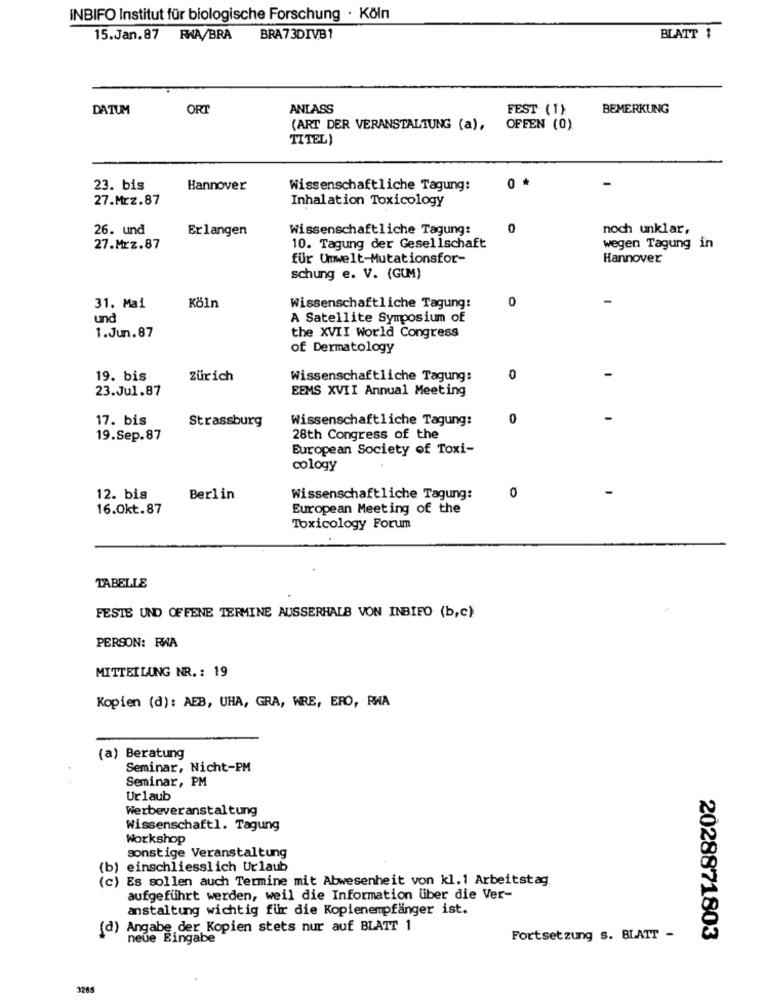
INBIFO Institut für biologische Forschung · Köln
15.Jan.87 RWA/BRA
BRA73DIVB1
BLATT 1
DATUM
OR
ANLASS
FEST (1)
BEMERKUNG
(ART DER VERANSTALTUNG (a),
OFFEN (0)
TITEL)
-
23. bis
Hannover
Wissenschaftliche Tagung:
0 *
27.Mrz.87
Inhalation Toxicology
26. und
Erlangen
Wissenschaftliche Tagung:
0
noch unklar,
27.Mrz.87
10. Tagung der Gesellschaft
wegen Tagung in
für Umwelt-Mutationsfor-
Hannover
schung e. V. (GUM)
0
31. Mai
Köln
Wissenschaftliche Tagung:
un
A Satellite Symposium of
1.Jun.87
the XVII World Congress
of Dermatology
19. bis
Zürich
Wissenschaftliche Tagung:
0
23.Jul.87
EEMS XVII Annual Meeting
17. bis
Strassburg
Wissenschaftliche Tagung:
0
-
19.Sep.87
28th Congress of the
European Society of Toxi-
cology
12. bis
Berlin
Wissenschaftliche Tagung:
0
16.Okt.87
European Meeting of the
Toxicology Forum
TABELLE
FESTE UND OFFENE TERMINE AUSSERHALB VON INBIFO (b,c);
PERSON: RWA
MITTEILUNG NR. : 19
Kopien (d): AEB, UHA, GRA, WRE, ERO, RWA
(a) Beratung
Seminar, Nicht-PM
Seminar, PM
Urlaub
Werbeveranstaltung
Wissenschaftl. Tagung
Workshop
sonstige Veranstaltung
(b) einschliesslich Urlaub
(c) Es sollen auch Termine mit Abwesenheit von kl. 1 Arbeitstag.
aufgeführt werden, weil die Information über die Ver-
anstaltung wichtig für die Kopienempfänger ist.
(d) Angabe der Kopien stets nur auf BLATT 1
neue Eingabe
Fortsetzung s. BLATT -
2028871803
3285